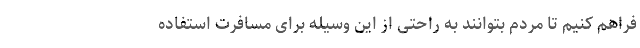
فراهم کنیم تا مردم بتوانند به راحتی از این وسیله برای مسافرت استفاده